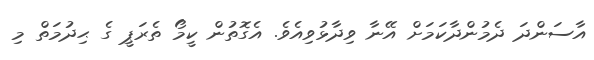
އާސަންދަ ދެމުންދާކަމަށް އޭނާ ވިދާޅުވިއެވެ. އެގޮތުން ކީމޯ ތެރަޕީ ގެ ޙިދުމަތް މި